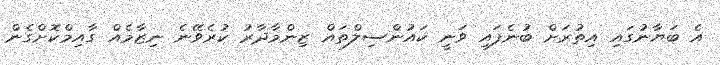
އެ ބަޔާނުގައި އިތުރަށް ބުނެފައި ވަނީ ކައުންސިލްތައް ޒިންމާދާރު ކުރެވޭނެ ނިޒާމެއް ގާއިމްކޮށްގެން